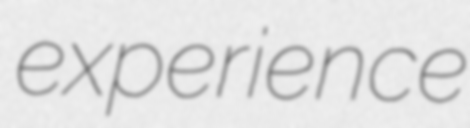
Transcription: experience